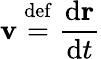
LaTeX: \mathbf{v}\ {\stackrel{\mathrm{def}}{=}}\ {\frac{\mathrm{d}\mathbf{r}}{\mathrm{d}t}}